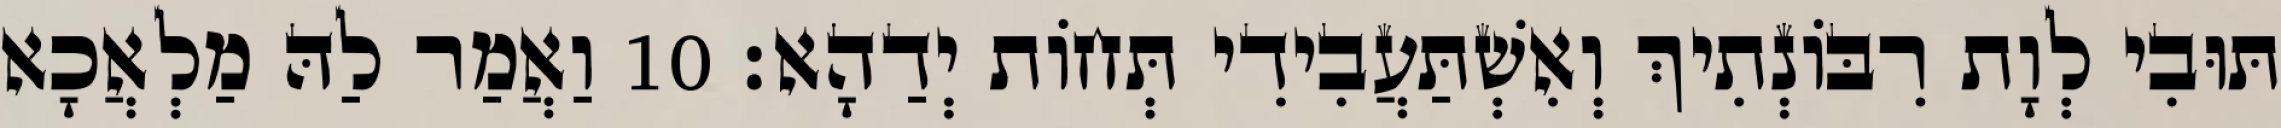
תּוּבִי לְוָת רִבּוֹנְתִיךְ וְאִשְׁתַּעֲבִידִי תְּחוֹת יְדַהָא׃ 10 וַאֲמַר לַהּ מַלְאֲכָא